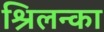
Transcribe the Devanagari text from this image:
श्रिलन्का